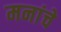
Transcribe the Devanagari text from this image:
मनांचे